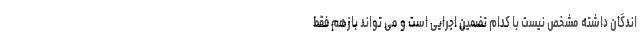
اندگان داشته مشخص نیست با کدام تضمین اجرایی است و می تواند بازهم فقط